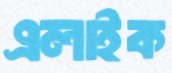
এলাইক